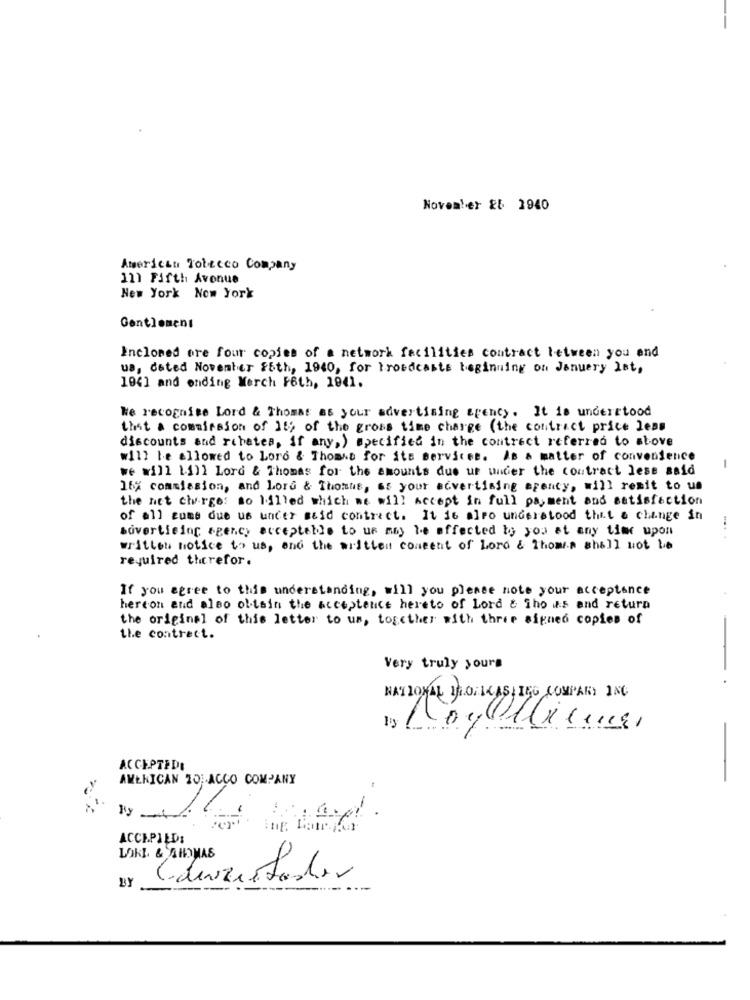
November &b 1940
American Tobacco Company
111 Fifth Avenue
New York Now York
Gentlemens
Enclosed are four copies of a network facilities contract between you and
us, deted November 86th, 1940, for broadcasts beginning on January lat,
1041 and ending Merch F6th, 1941.
We recognise Lord & Thomas as your advertising agency. It is understood
that a commission of 159 of the gross time charge (the contract price less
discounts and rchetes, if any, ) specified in the contract referred to above
will be allowed to Loro & Thomas for its services. As a matter of convenience
we will 11)l Lord & Thomas for the amounts due ur under the contract lese said
-
16% commission, and Lord & Thomas, as your advertising agency, will reait to us
the net charges so 1.illed which we will Accept in full payment and satisfaction
of all zume due us under seid contrect. It is also understood that a change in
sovertising agency acceptable to us may be affected to you at any time upon
written notice to us, and the written consent of Lord & Thomas shall not be
required therefor.
If you agree to this understanding, will you please note your acceptance
hereon and also obtain the acceptance hereto of Lord & iho as and return
the original of this letter to us, together with three signed copies of
the contract.
Very truly yours
NATIONAL TROELCASHING COMPANY ING
ACCEPTEDI
AMERICAN 20 ;. ACCO COMPANY
-
ACCEPILDI
BY